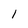
Character: 1